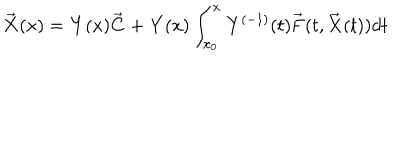
\overrightarrow { { \bf X } } ( x ) = { \bf Y } ( x ) \overrightarrow { { \bf C } } + { \bf Y } ( x ) \int _ { x _ { 0 } } ^ { x } { \bf Y } ^ { ( - 1 ) } ( t ) \overrightarrow { { \bf F } } ( t , \overrightarrow { { \bf X } } ( t ) ) d t